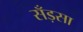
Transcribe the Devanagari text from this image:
सँड़सा